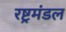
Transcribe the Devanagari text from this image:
रष्ट्रमंडल